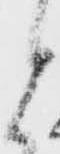
と